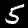
Label: 5